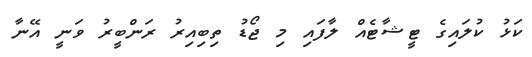
ކަޅު ކުލައިގެ ޓީޝާޓެއް ލާފައި މި ޖޯޑު ތިބިއިރު ރަންބީރު ވަނީ އޭނާ